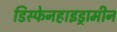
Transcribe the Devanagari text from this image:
डिस्फेनहाइड्रामीन